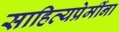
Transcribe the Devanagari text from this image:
साहित्यप्रेमींना